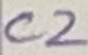
Text: C2